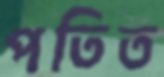
পতিত